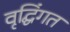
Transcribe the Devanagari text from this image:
वृद्घिंगत